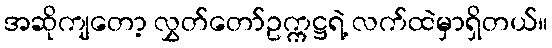
အဆိုကျတော့ လွှတ်တော်ဥက္ကဋ္ဌရဲ့ လက်ထဲမှာရှိတယ်။